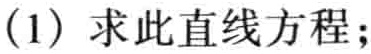
(1) 求此直线方程；